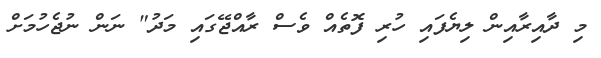
މި ދާއިރާއިން ލިޔެފައި ހުރި ފޮތެއް ވެސް ރާއްޖޭގައި މަދު" ނަން ނުޖެހުމަށް